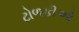
ટોળકીઓ